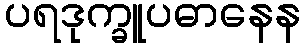
ပရဒုက္ခူပဓာနေန